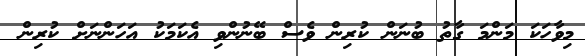
މިވާހަކަ މަންމަ ގާތު ބުނަން ކުރިން ވެސް ބޭނުންވި އެކަމަކު އަހަންނަށް ކުރިން